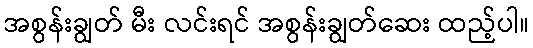
အစွန်းချွတ် မီး လင်းရင် အစွန်းချွတ်ဆေး ထည့်ပါ။